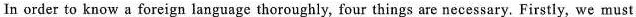
In order to know a foreign language thoroughly, four things are necessary. Firstly, we must